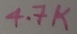
Text: 4.7K